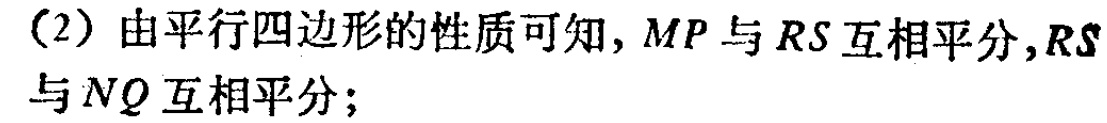
（2）由平行四边形的性质可知，\(MP\)与\(RS\)互相平分，\(RS\)与\(NQ\)互相平分；